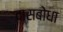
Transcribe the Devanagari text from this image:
दासबोधा